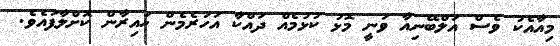
މިއާއެކު ވެސް އަލްބޭނިއާ ވަނީ މޮޅު ކުޅުމެއް ދައްކާ އަހަރެމެން ހައިރާން ކޮށްލާފައެވެ.